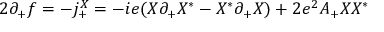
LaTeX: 2 \partial _ { + } f = - j _ { + } ^ { X } = - i e ( X \partial _ { + } X ^ { * } - X ^ { * } \partial _ { + } X ) + 2 e ^ { 2 } A _ { + } X X ^ { * }